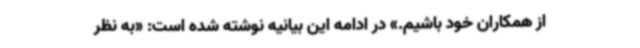
از همکاران خود باشیم.» در ادامه این بیانیه نوشته شده است: «به نظر